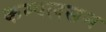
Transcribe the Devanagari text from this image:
कम्पलसन